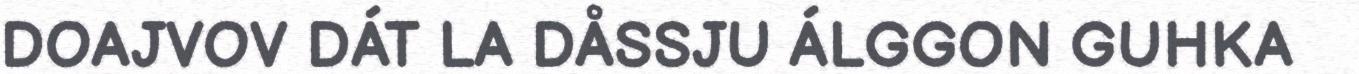
DOAJVOV DÁT LA DÅSSJU ÁLGGON GUHKA